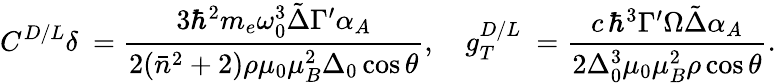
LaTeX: C^{D/L}\delta\ =\frac{3\hbar^{2}m_{e}\omega_{0}^{3}\tilde{\Delta}\Gamma^{\prime}\alpha_{A}}{2(\bar{n}^{2}+2)\rho\mu_{0}\mu_{B}^{2}\Delta_{0}\cos{\theta}},\quad g_{T}^{D/L}\ =\frac{c\, \hbar^{3}\Gamma^{\prime}\Omega\tilde{\Delta}\alpha_{A}}{2\Delta_{0}^{3}\mu_{0}\mu_{B}^{2}\rho\cos{\theta}}.